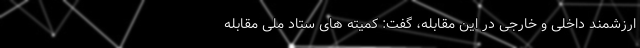
ارزشمند داخلی و خارجی در این مقابله، گفت: کمیته های ستاد ملی مقابله